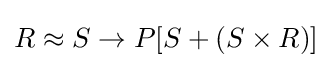
R\approx S\rightarrow P[S+(S\times R)]